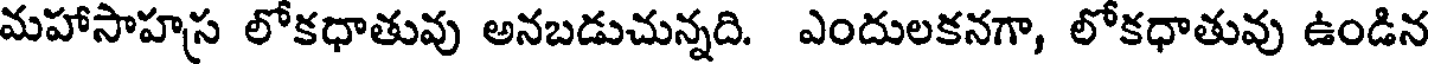
మహాసాహస లోకధాతువు అనబడుచున్నది. ఎందులకనగా, లోకధాతువు ఉండిన